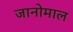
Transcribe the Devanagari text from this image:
जानोमाल